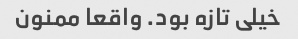
خیلی تازه بود. واقعا ممنون